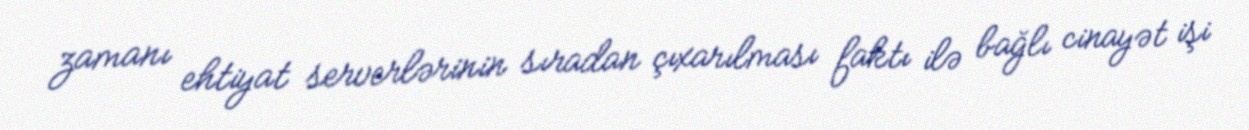
zamanı ehtiyat serverlərinin sıradan çıxarılması faktı ilə bağlı cinayət işi